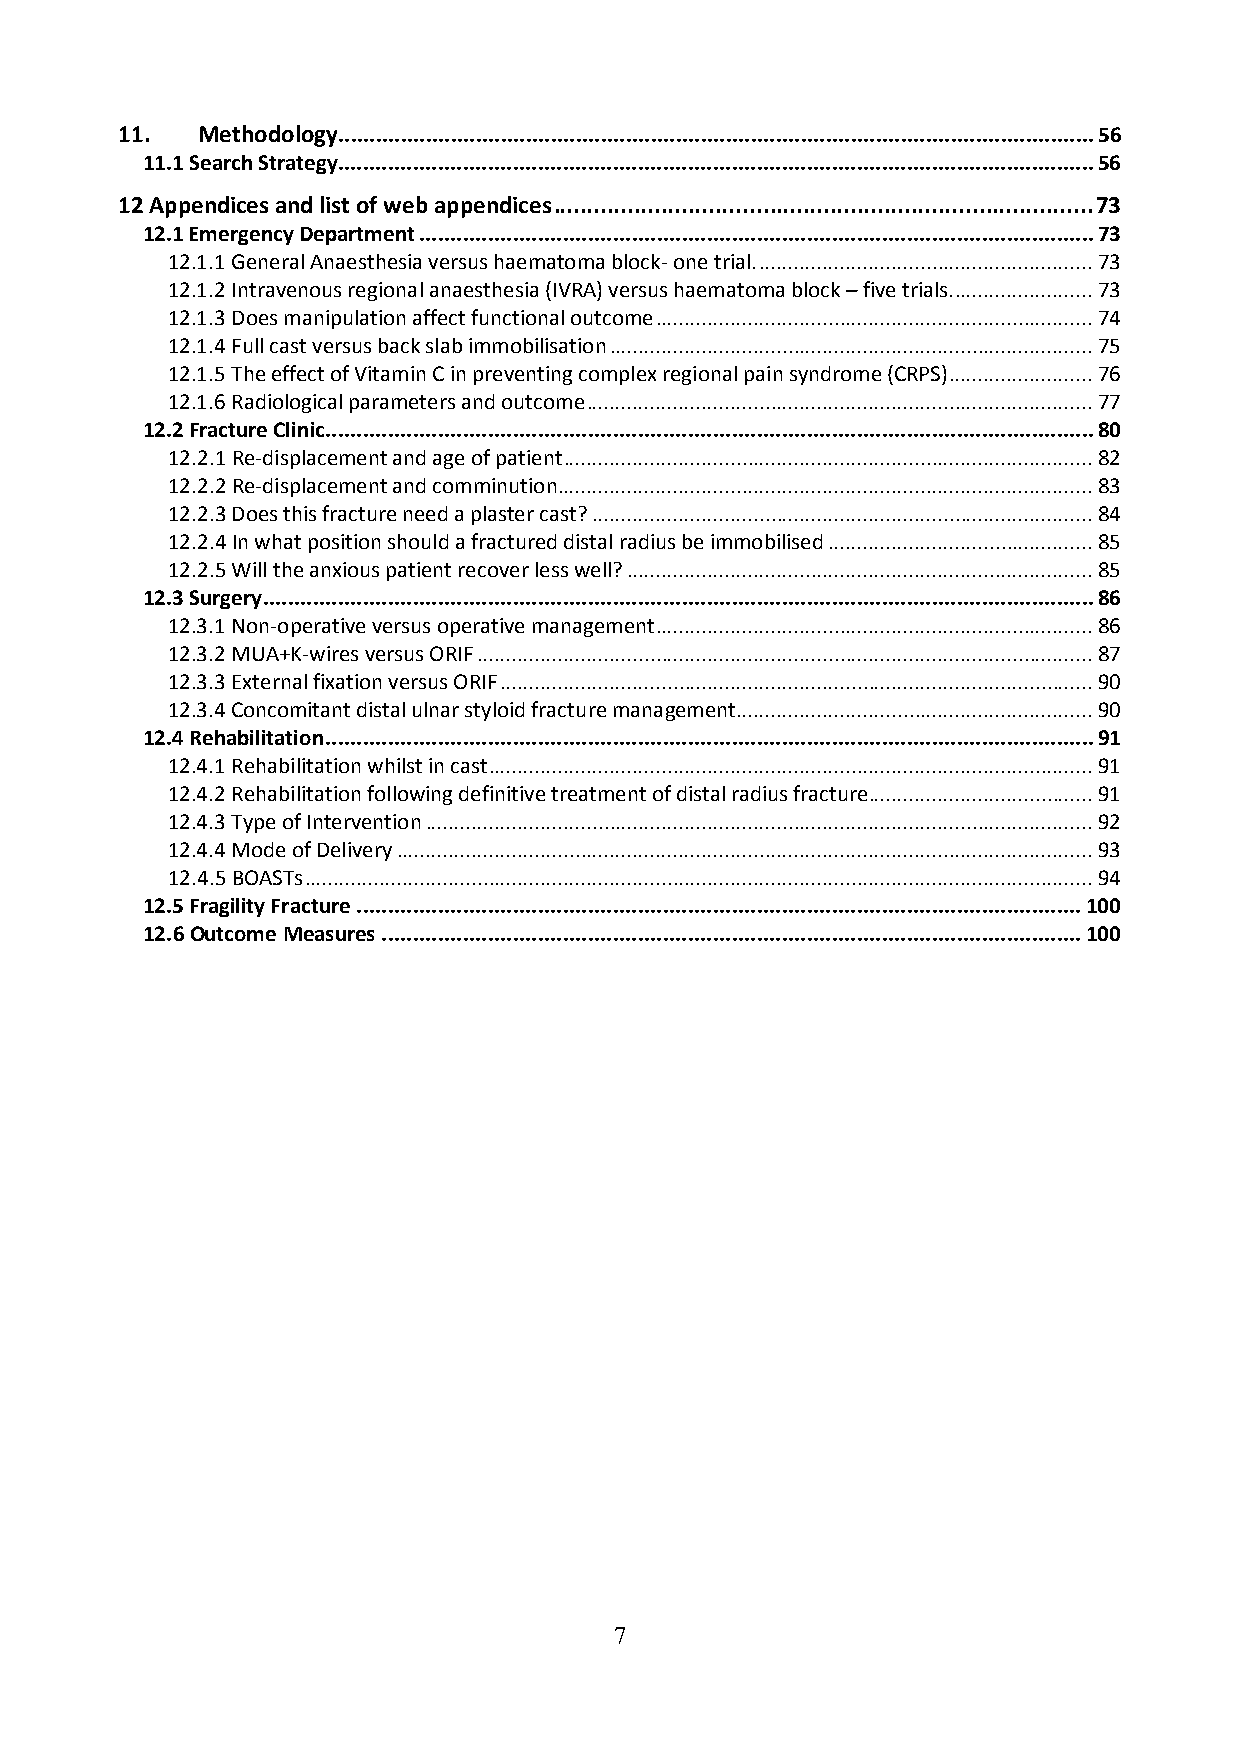
11.  Methodology......................................................................................................................... 56
 11.1 Search Strategy......................................................................................................................... 56
 12 Appendices and list of web appendices ................................................................................ 73
 12.1 Emergency Department ............................................................................................................ 73
 12.1.1 General Anaesthesia versus haematoma block- one trial. .......................................................... 73
 12.1.2 Intravenous regional anaesthesia (IVRA) versus haematoma block – five trials. ........................ 73
 12.1.3 Does manipulation affect functional outcome ............................................................................ 74
 12.1.4 Full cast versus back slab immobilisation .................................................................................... 75
 12.1.5 The effect of Vitamin C in preventing complex regional pain syndrome (CRPS) ......................... 76
 12.1.6 Radiological parameters and outcome ........................................................................................ 77
 12.2 Fracture Clinic ........................................................................................................................... 80
 12.2.1 Re-displacement and age of patient ............................................................................................ 82
 12.2.2 Re-displacement and comminution ............................................................................................. 83
 12.2.3 Does this fracture need a plaster cast? ....................................................................................... 84
 12.2.4 In what position should a fractured distal radius be immobilised .............................................. 85
 12.2.5 Will the anxious patient recover less well? ................................................................................. 85
 12.3 Surgery ..................................................................................................................................... 86
 12.3.1 Non-operative versus operative management ............................................................................ 86
 12.3.2 MUA+K-wires versus ORIF ........................................................................................................... 87
 12.3.3 External fixation versus ORIF ....................................................................................................... 90
 12.3.4 Concomitant distal ulnar styloid fracture management .............................................................. 90
 12.4 Rehabilitation ........................................................................................................................... 91
 12.4.1 Rehabilitation whilst in cast ......................................................................................................... 91
 12.4.2 Rehabilitation following definitive treatment of distal radius fracture....................................... 91
 12.4.3 Type of Intervention .................................................................................................................... 92
 12.4.4 Mode of Delivery ......................................................................................................................... 93
 12.4.5 BOASTs ......................................................................................................................................... 94
 12.5 Fragility Fracture .................................................................................................................... 100
 12.6 Outcome Measures ................................................................................................................ 100
 7